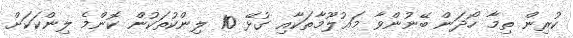
ކުރިން ތިމާ ހޯދަން ބޭނުންވާ މަޢުލޫމާތަކާއި ގުޅޭ 10 ލިންކުތަކުން ކޮންމެ ލިންކަކަށް